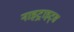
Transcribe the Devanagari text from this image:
नाइट्राइट्स